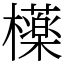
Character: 𣟿